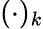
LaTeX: (\cdot)_{k}